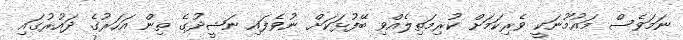
ނަމަވެސް މައުމޫނަކީ ވެރިކަމަށް ކުރިމަތިލެއްވި ބޭފުޅަކަށް ނުވެފައި ނަޝީދުގެ ތިން އަހަރުގެ ދައުރުގައި